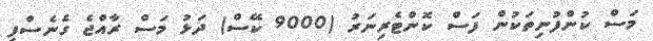
މަސް ކުންފުނިތަކުން ފަސް ކޮންޓެރިނަރު (9000 ކޭސް) ދަޅު މަސް ރާއްޖެ ގެނެސްފި